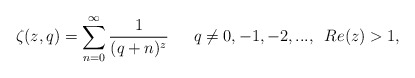
\begin{align*}\zeta(z,q)=\sum_{n=0}^{\infty}\frac{1}{(q+n)^{z}}\,\,\,\,\,\,\,\,\, q\neq 0,-1,-2,..., \,\,\, Re(z)>1,\end{align*}